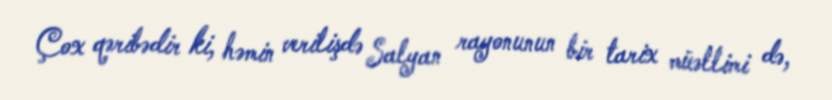
Çox qəribədir ki, həmin verilişdə Salyan rayonunun bir tarix müəllimi də,